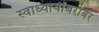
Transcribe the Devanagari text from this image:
स्वाध्यायींबरोबर